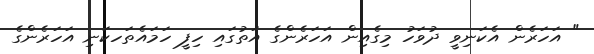
" އަހަރެން އެކަނިވީ ދުވަހު މިގެއިން އަހަރެންގެ އަތުގައި ހިފީ ހަމައެތަހކަނި އަހަރެންގެ